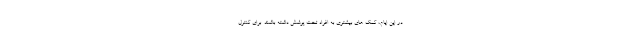
در این ایام، کمک های بیشتری به افراد تحت پوشش داشته باشند. برای کنترل